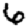
Digit: 6